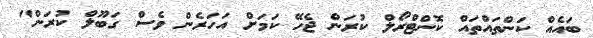
ބައެއް ކަންތައްތައް ކޮންޓްރޯލް ކުރަން ޖެހޭ ކަމަށް އަހަރެން ވެސް ގަބޫލް ކުރަން"